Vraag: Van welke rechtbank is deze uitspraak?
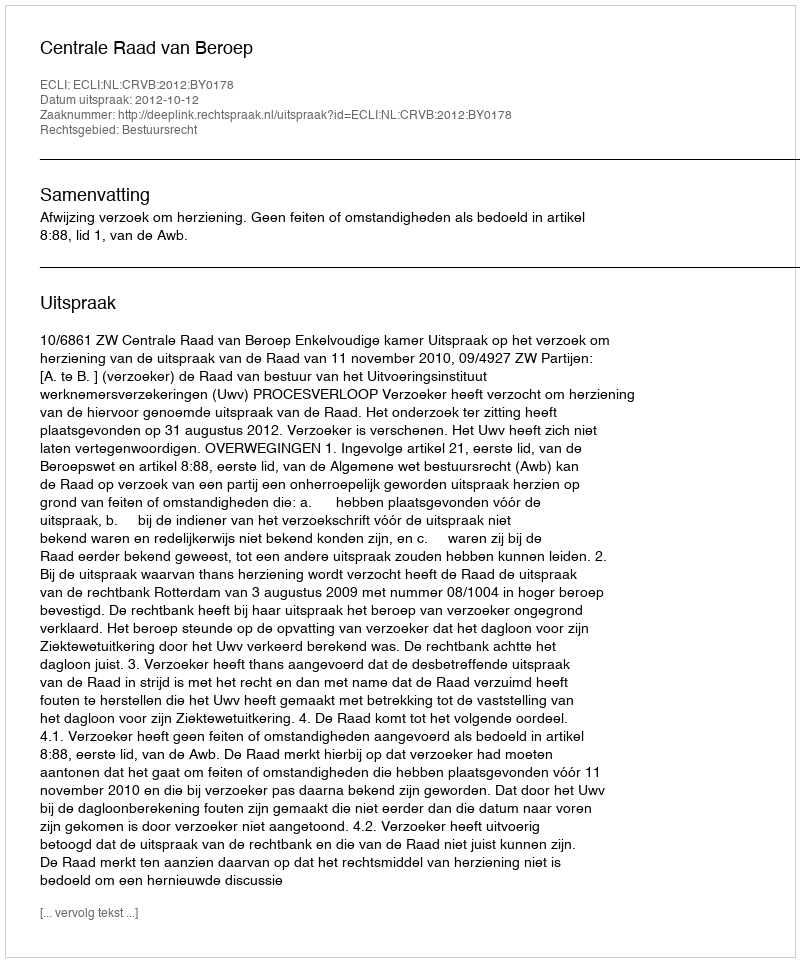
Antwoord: Centrale Raad van Beroep